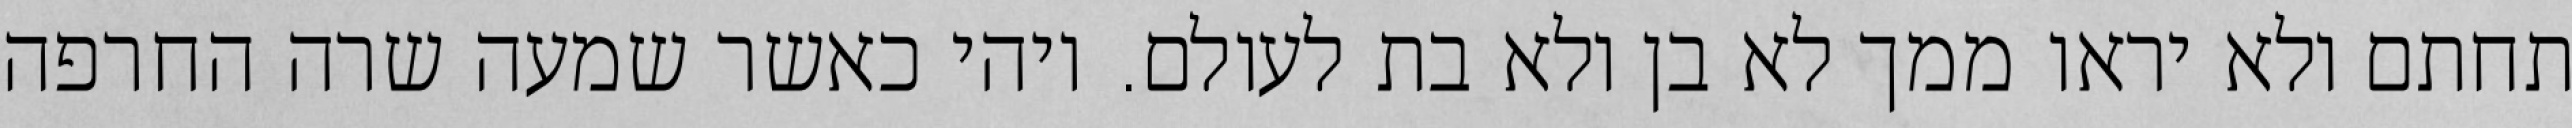
תחתם ולא יראו ממך לא בן ולא בת לעולם. ויהי כאשר שמעה שרה החרפה